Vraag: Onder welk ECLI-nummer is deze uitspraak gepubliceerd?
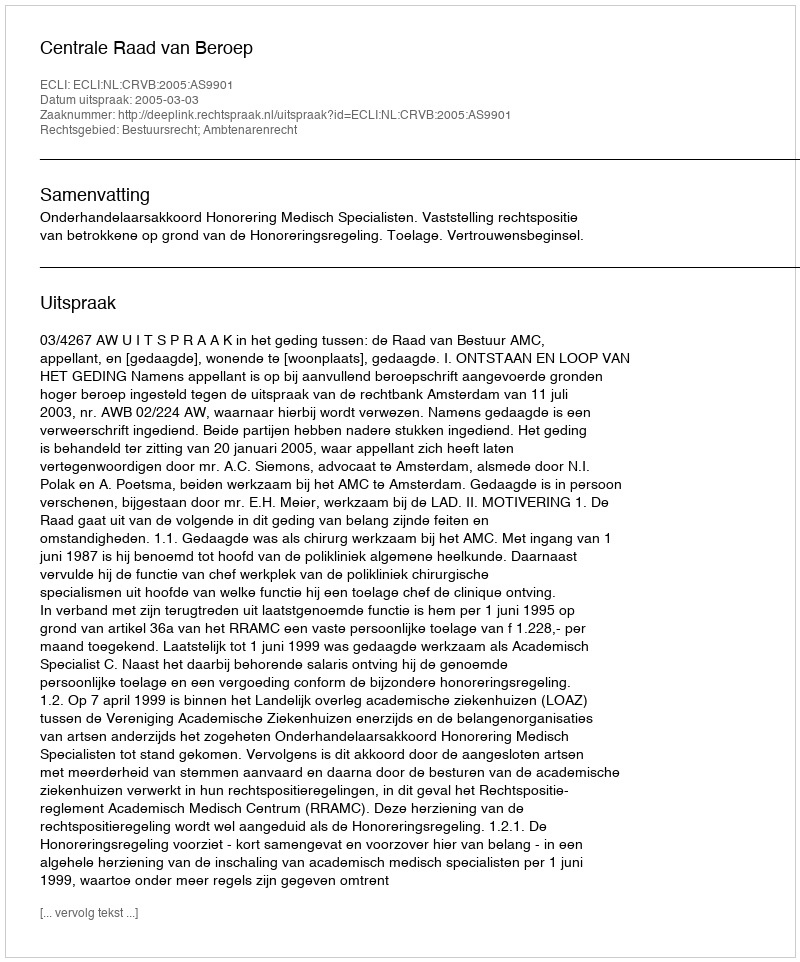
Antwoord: ECLI:NL:CRVB:2005:AS9901